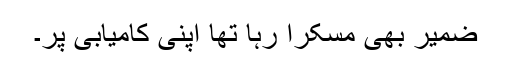
ضمیر بھی مسکرا رہا تھا اپنی کامیابی پر۔